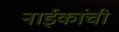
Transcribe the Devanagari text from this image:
नाईकांची